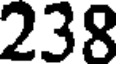
238